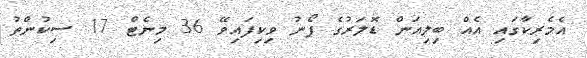
އެމެރިކާގައި އެއް ބިލިއަން ޑޮލަރުގެ ފޯނު ވިކިފައިވޭ 36 މިނެޓް 17 ސިކުންތު